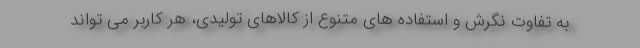
به تفاوت نگرش و استفاده های متنوع از کالاهای تولیدی، هر کاربر می تواند